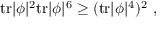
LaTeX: \mathrm { t r } | \phi | ^ { 2 } \mathrm { t r } | \phi | ^ { 6 } \ge ( \mathrm { t r } | \phi | ^ { 4 } ) ^ { 2 } ~ ,